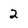
Character: 2